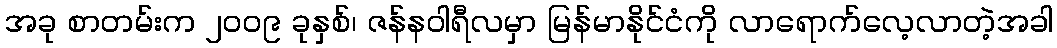
အခု စာတမ်းက ၂၀၀၉ ခုနှစ်၊ ဇန်နဝါရီလမှာ မြန်မာနိုင်ငံကို လာရောက်လေ့လာတဲ့အခါ